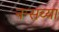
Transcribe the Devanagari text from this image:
नन्सच्या